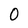
Character: O